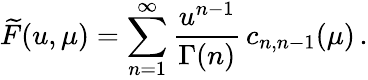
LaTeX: \widetilde F(u,\mu)=\sum_{n=1}^{\infty}{\frac{u^{n-1}}{\Gamma(n)}}\, c_{n,n-1}(\mu)\, .